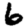
Digit: 6